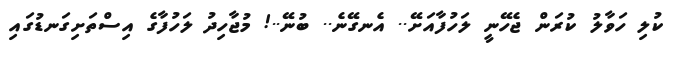
ކުލި ހަވާލު ކުރަން ޖެހޭނީ ލަހުފާއަށޭ.. އެނގޭނެ.. ބުނޭ..! މުޖާހިދު ލަހުފާގެ އިސްތަށިގަނޑުގައި